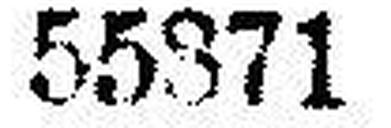
55371